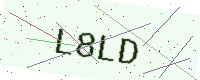
Text: L8LD